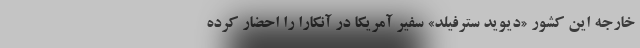
خارجه این کشور «دیوید سترفیلد» سفیر آمریکا در آنکارا را احضار کرده